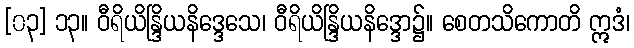
[၀၃] ၁၃။ ဝီရိယိန္ဒြိယနိဒ္ဒေသေ၊ ဝီရိယိန္ဒြိယနိဒ္ဒော၌။ စေတသိကောတိ ဣဒံ၊